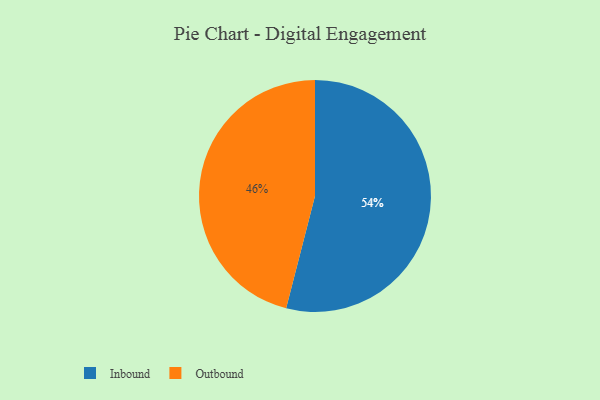
{"axis": {"x": "Category", "y": "Percentage"}, "legend": ["Inbound", "Outbound"], "data": [{"x": "Inbound", "y": 54, "type": "Inbound"}, {"x": "Outbound", "y": 46, "type": "Outbound"}]}